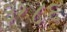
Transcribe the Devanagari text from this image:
३१४६